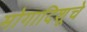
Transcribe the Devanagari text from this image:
मोगादिशूचे